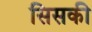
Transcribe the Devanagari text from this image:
सिसकी